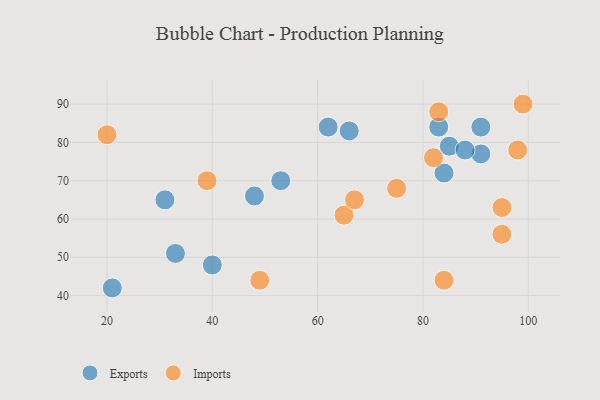
{"axis": {"x": "GDP", "y": "Life Expectancy"}, "legend": ["Exports", "Imports"], "data": [{"x": "91", "y": 77, "type": "Exports"}, {"x": "91", "y": 84, "type": "Exports"}, {"x": "33", "y": 51, "type": "Exports"}, {"x": "53", "y": 70, "type": "Exports"}, {"x": "62", "y": 84, "type": "Exports"}, {"x": "31", "y": 65, "type": "Exports"}, {"x": "85", "y": 79, "type": "Exports"}, {"x": "84", "y": 72, "type": "Exports"}, {"x": "48", "y": 66, "type": "Exports"}, {"x": "83", "y": 84, "type": "Exports"}, {"x": "88", "y": 78, "type": "Exports"}, {"x": "40", "y": 48, "type": "Exports"}, {"x": "66", "y": 83, "type": "Exports"}, {"x": "21", "y": 42, "type": "Exports"}, {"x": "83", "y": 88, "type": "Imports"}, {"x": "39", "y": 70, "type": "Imports"}, {"x": "99", "y": 90, "type": "Imports"}, {"x": "98", "y": 78, "type": "Imports"}, {"x": "65", "y": 61, "type": "Imports"}, {"x": "84", "y": 44, "type": "Imports"}, {"x": "20", "y": 82, "type": "Imports"}, {"x": "67", "y": 65, "type": "Imports"}, {"x": "95", "y": 63, "type": "Imports"}, {"x": "75", "y": 68, "type": "Imports"}, {"x": "95", "y": 56, "type": "Imports"}, {"x": "82", "y": 76, "type": "Imports"}, {"x": "49", "y": 44, "type": "Imports"}]}